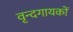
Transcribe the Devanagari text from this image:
वृन्दगायकों